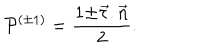
{ \cal P } ^ { ( \pm 1 ) } = \frac { 1 { \pm } \vec { \tau } . \vec { n } } { 2 } .